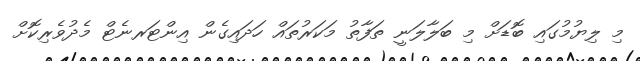
މި ލިޔުމުގައި ބޮޑަށް މި ބަލާލަނީ ތަފާތު މަކަރުތައް ހަދައިގެން އިންޓަރނެޓް މެދުވެރިކޮށް